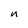
Character: n